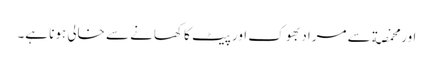
اور مخمصة سے مراد بھوک اور پیٹ کا کھانے سے خالی ہونا ہے۔